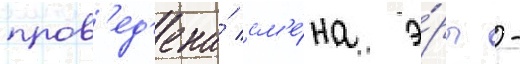
пров'ед'ена́ см'е́на э́ры -